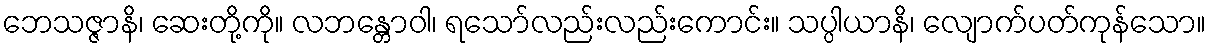
ဘေသဇ္ဇာနိ၊ ဆေးတို့ကို။ လဘန္တောဝါ၊ ရသော်လည်းလည်းကောင်း။ သပ္ပါယာနိ၊ လျောက်ပတ်ကုန်သော။